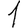
Digit: 1